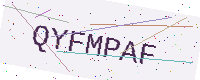
Text: QYFMPAF